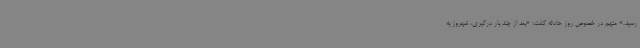
رسید.» متهم در خصوص روز حادثه گفت: «بعد از چند بار درگیری، شهروز به